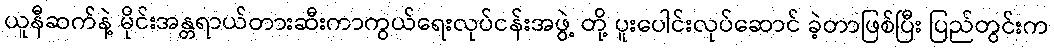
ယူနီဆက်နဲ့ မိုင်းအန္တရာယ်တားဆီးကာကွယ်ရေးလုပ်ငန်းအဖွဲ့ တို့ ပူးပေါင်းလုပ်ဆောင် ခဲ့တာဖြစ်ပြီး ပြည်တွင်းက